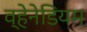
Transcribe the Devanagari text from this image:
व्हेनेडियम